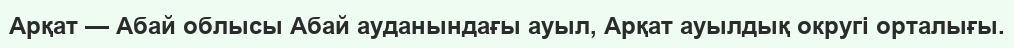
Арқат — Абай облысы Абай ауданындағы ауыл, Арқат ауылдық округі орталығы.